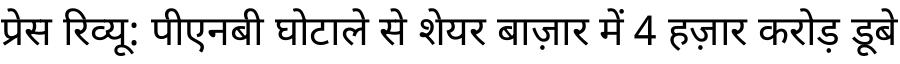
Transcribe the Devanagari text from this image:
प्रेस रिव्यू: पीएनबी घोटाले से शेयर बाज़ार में 4 हज़ार करोड़ डूबे